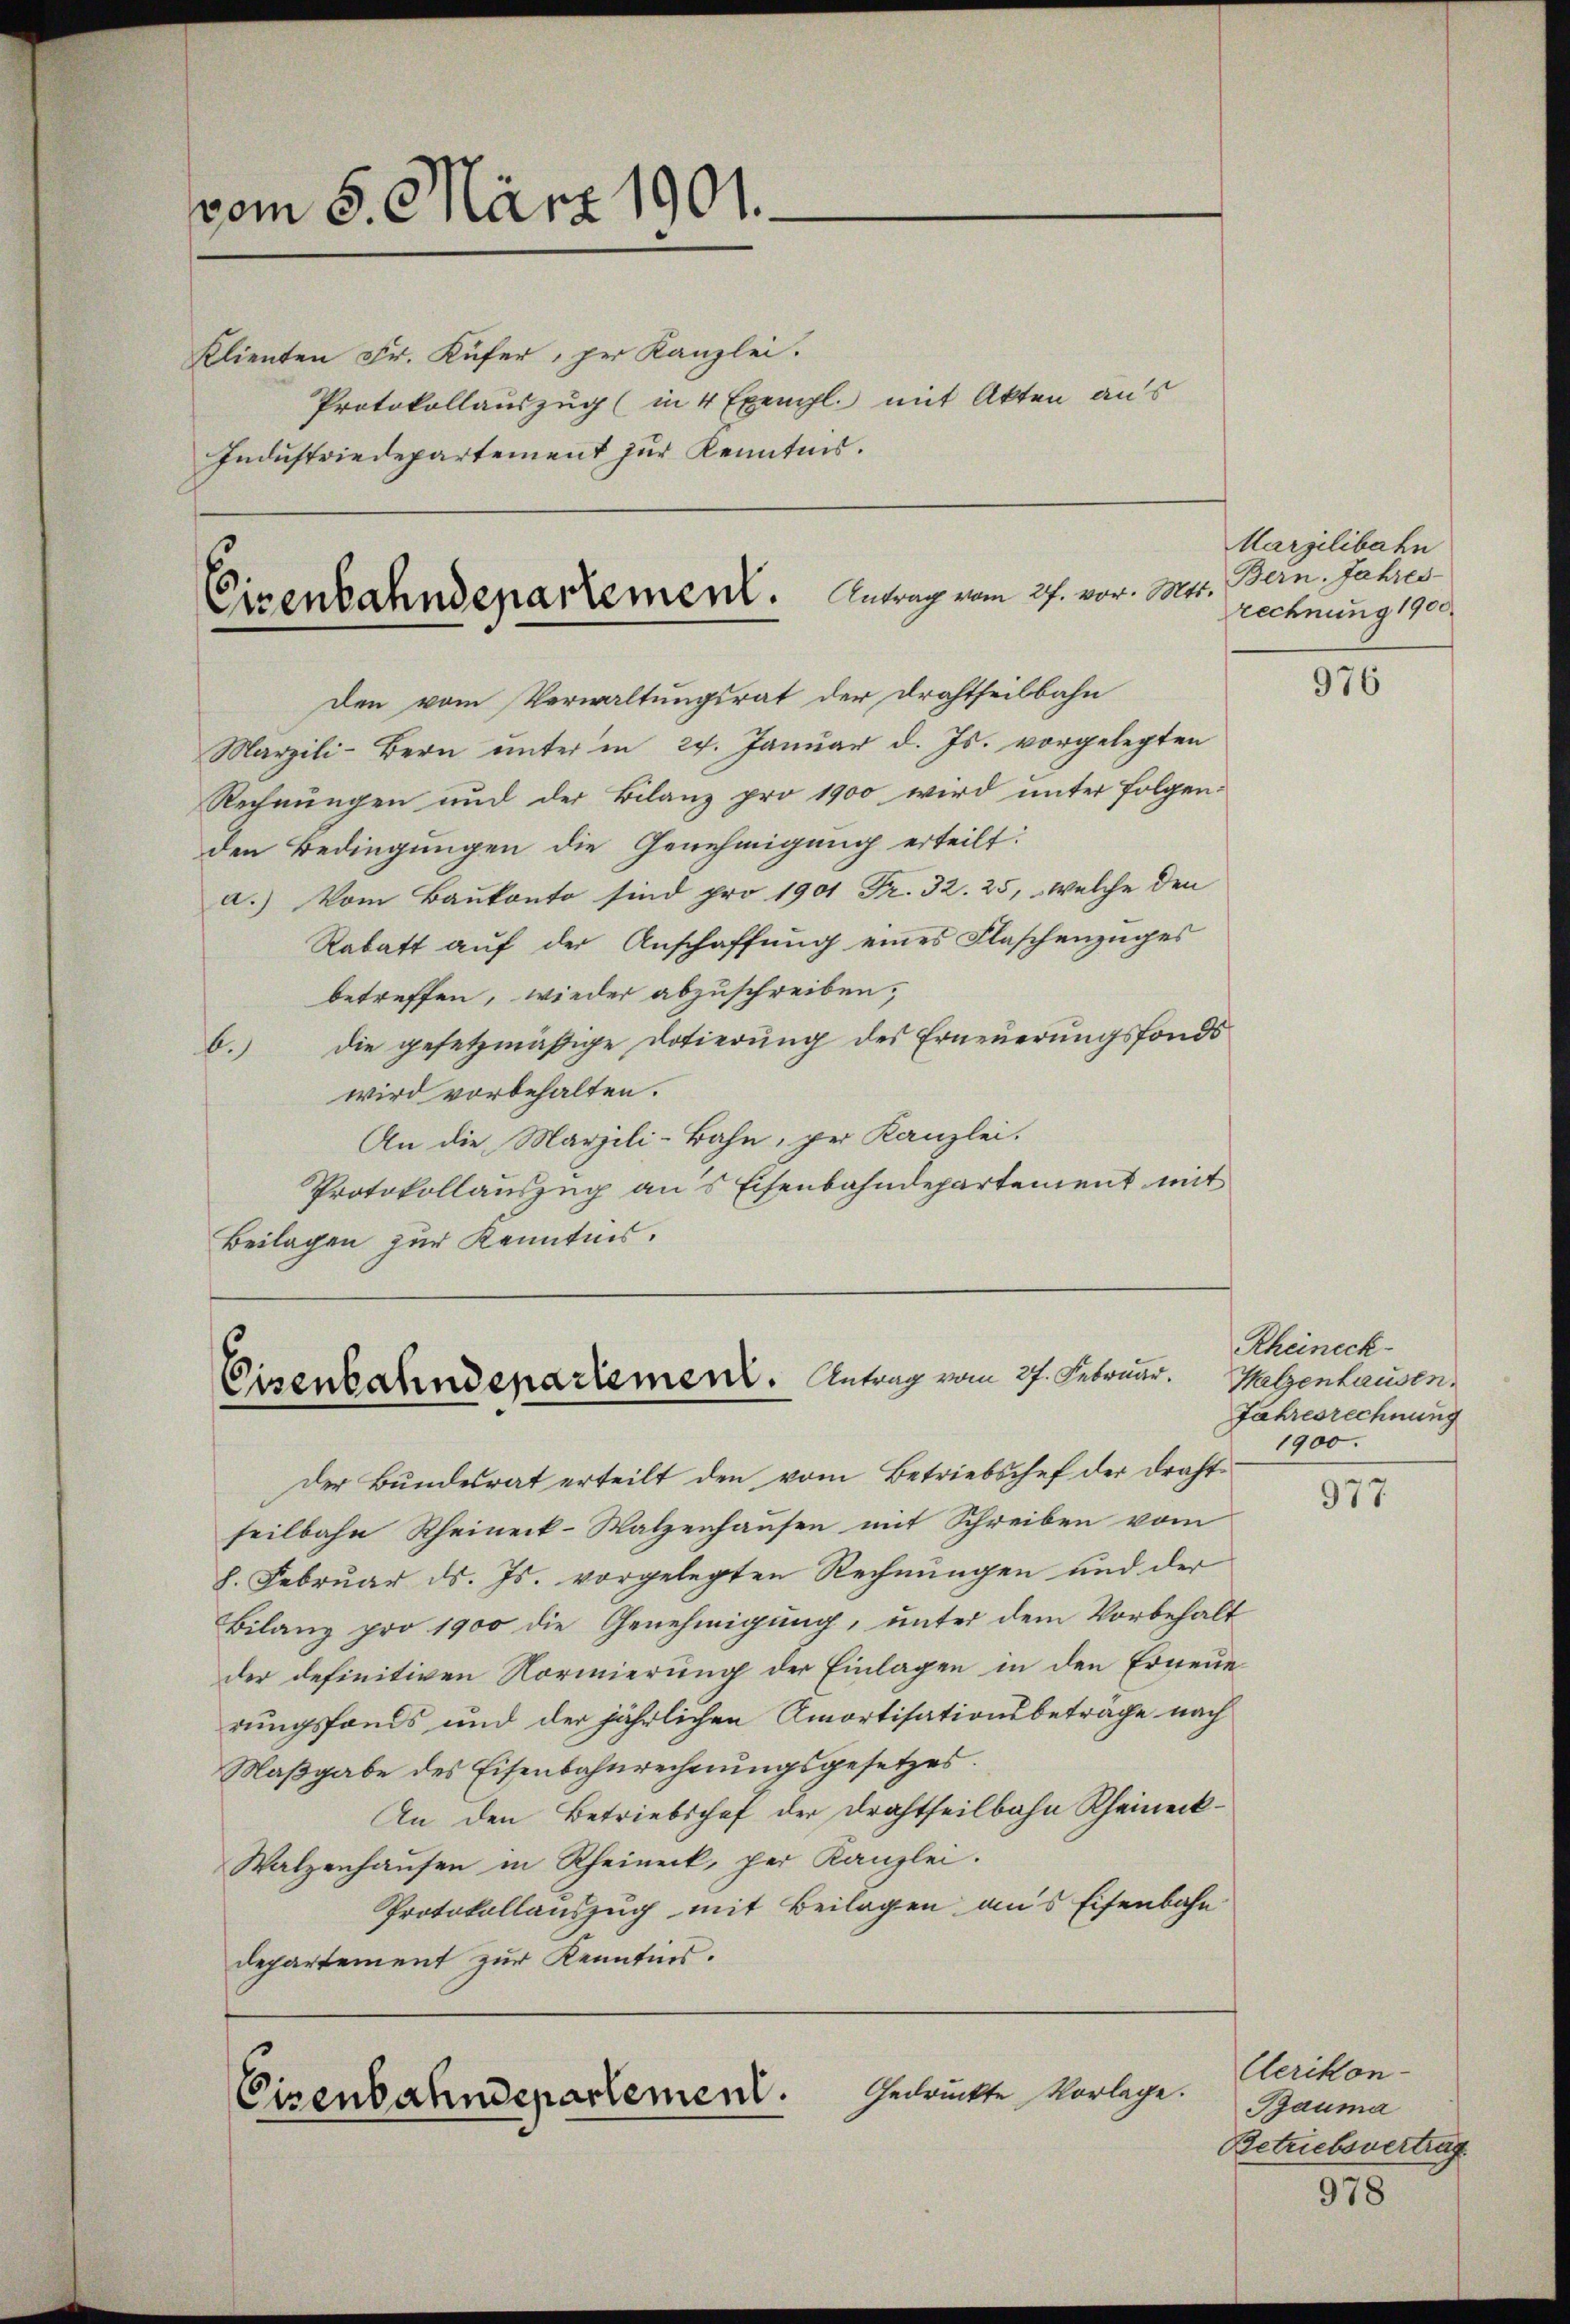
vom 5. März 1901.
Klienten Fr. Küfer, per Kanzlei.

Protokollauszug (in 4 Exempl. mit Akten aus
Industriedepartement zur Kenntnis.

Eisenbahndepartement. Antrag vom 27. vor. M.

Eisenbahndepartement. Antrag vom 27. Februar.

den vom Verwaltungsrat der Drahtheilbahn
Marzili-Bern ŭnter in 24. Janŭar d. Js. vorgelegten
Rechnungen und der Bilanz pro 1900 wird unter folgen-
den Bedingungen die Genehmigung erteilt:
a.) Vom Baukonto sind pro 1901 Fr. 32. 25, welche den
Rabatt auf der Anschaffung eines Flaschenzuges
betreffen, wieder abzuschreiben,
die gesetzmäßige Dotierung des Erneuerungsfonds
.
wird vorbehalten.
An die Marzili-Bahn, pr Kanzlei.
Protokollauszug aus Eisenbahndepartement mit
Beilagen zur Kenntnis.

Der Bundesrat erteilt den vom Betriebschef der Drahtseilbahn Rheineck-Walzenhausen mit Schreiben vom
8. Februar d. Js. vorgelegten Rechnungen und der
Bilanz pro 1900 die Genehmigung, unter dem Vorbehalt
der definitiven Normierung der Einlagen in den Erneue
rungsfonds und der jährlichen Amortisationsbetrage nach
Maßgabe des Eisenbahnrechnungsgesetzes.
An den Betriebschaf der Drahtheilbahn Rheineck¬
Walzenhausen in Rheineck, per Kanzlei.
Protokollauszug mit Beilagen aus Eisenbahn
departement zur Kenntnis.

Gedruckte Vorlage.
Eisenbahndepartement.

Marzilibahn
4. Bern. Jahres-
rechnung 1900

976

Rheineck
Walzenhausen.
Jahresrechnung
1900.

977

Uerikon-
Bauma
Betriebsvertrag

978